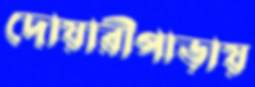
দোয়ারীপাড়ায়